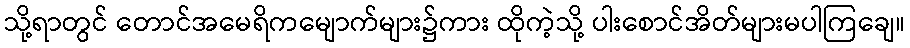
သို့ရာတွင် တောင်အမေရိကမျောက်များ၌ကား ထိုကဲ့သို့ ပါးစောင်အိတ်များမပါကြချေ။